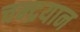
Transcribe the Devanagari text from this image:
चन्‍द्रयान